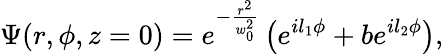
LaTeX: \Psi(r,\phi,z=0)=e^{-\frac{r^{2}}{w_{0}^{2}}}\left(e^{il_{1}\phi}+be^{il_{2}\phi}\right),